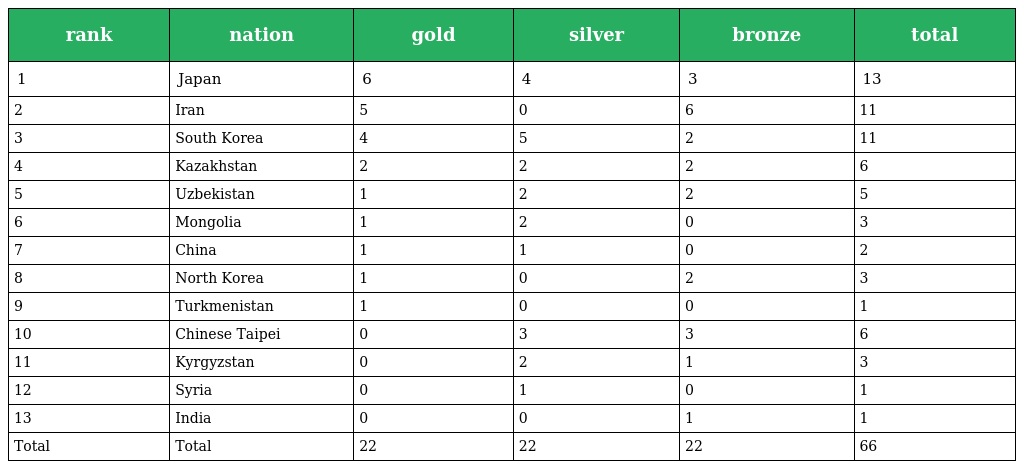
| rank | nation | gold | silver | bronze | total |
 | --- | --- | --- | --- | --- | --- |
 | 1 | Japan | 6 | 4 | 3 | 13 |
 | 2 | Iran | 5 | 0 | 6 | 11 |
 | 3 | South Korea | 4 | 5 | 2 | 11 |
 | 4 | Kazakhstan | 2 | 2 | 2 | 6 |
 | 5 | Uzbekistan | 1 | 2 | 2 | 5 |
 | 6 | Mongolia | 1 | 2 | 0 | 3 |
 | 7 | China | 1 | 1 | 0 | 2 |
 | 8 | North Korea | 1 | 0 | 2 | 3 |
 | 9 | Turkmenistan | 1 | 0 | 0 | 1 |
 | 10 | Chinese Taipei | 0 | 3 | 3 | 6 |
 | 11 | Kyrgyzstan | 0 | 2 | 1 | 3 |
 | 12 | Syria | 0 | 1 | 0 | 1 |
 | 13 | India | 0 | 0 | 1 | 1 |
 | Total | Total | 22 | 22 | 22 | 66 |